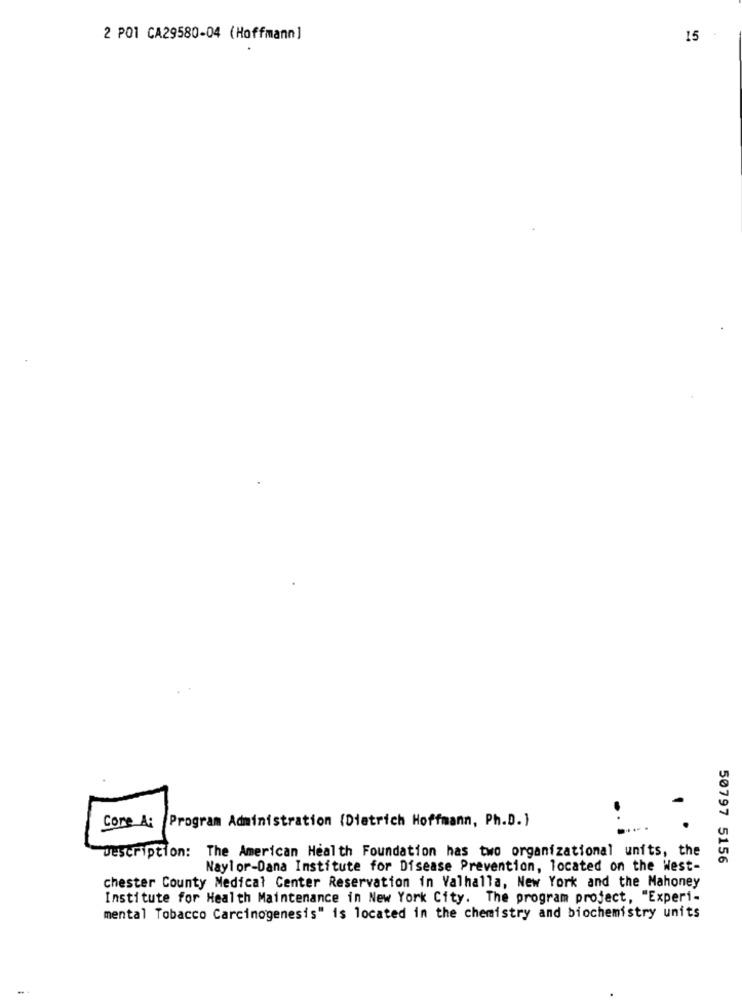
2 POI CA29580-04 (Hoffmann]
15
Core A: Program Administration (Dietrich Hoffmann, Ph.D. )
Description: The American Health Foundation has two organizational units, the
50797 5156
Naylor-Dana Institute for Disease Prevention, located on the West-
chester County Medical Center Reservation in Valhalla, New York and the Mahoney
Institute for Health Maintenance in New York City. The program project, "Experi-
mental Tobacco Carcinogenesis" is located in the chemistry and biochemistry units